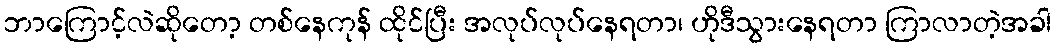
ဘာကြောင့်လဲဆိုတော့ တစ်နေကုန် ထိုင်ပြီး အလုပ်လုပ်နေရတာ၊ ဟိုဒီသွားနေရတာ ကြာလာတဲ့အခါ